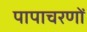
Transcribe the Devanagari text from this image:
पापाचरणों